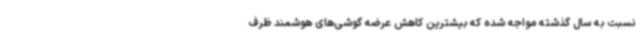
نسبت به سال گذشته مواجه شده که بیشترین کاهش عرضه گوشی‌های هوشمند ظرف